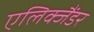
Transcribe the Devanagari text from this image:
एलिक्जैंडर